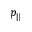
p _ { \| }